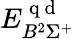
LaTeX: {E}_{B^{2}\Sigma^{+}}^{\mathrm{~q~d~}}